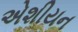
એશીયન